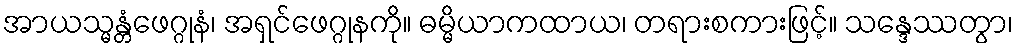
အာယသ္မန္တံဖေဂ္ဂုနံ၊ အရှင်ဖေဂ္ဂုနကို။ ဓမ္မိယာကထာယ၊ တရားစကားဖြင့်။ သန္ဒေဿတွာ၊